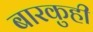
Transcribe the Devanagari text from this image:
बारकुही